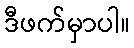
ဒီဖက်မှာပါ။